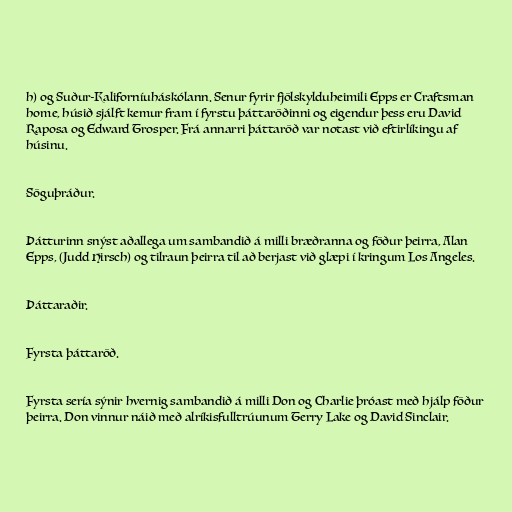
h) og Suður-Kaliforníuháskólann. Senur fyrir fjölskylduheimili Epps er Craftsman
home, húsið sjálft kemur fram í fyrstu þáttaröðinni og eigendur þess eru David
Raposa og Edward Trosper. Frá annarri þáttaröð var notast við eftirlíkingu af
húsinu.

Söguþráður.

Þátturinn snýst aðallega um sambandið á milli bræðranna og föður þeirra, Alan
Epps, (Judd Hirsch) og tilraun þeirra til að berjast við glæpi í kringum Los Angeles.

Þáttaraðir.

Fyrsta þáttaröð.

Fyrsta sería sýnir hvernig sambandið á milli Don og Charlie þróast með hjálp föður
þeirra. Don vinnur náið með alríkisfulltrúunum Terry Lake og David Sinclair.